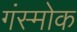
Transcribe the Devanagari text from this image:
गंस्मोक